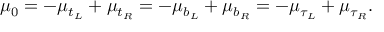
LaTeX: \mu _ { 0 } = - \mu _ { t _ { L } } + \mu _ { t _ { R } } = - \mu _ { b _ { L } } + \mu _ { b _ { R } } = - \mu _ { \tau _ { L } } + \mu _ { \tau _ { R } } .